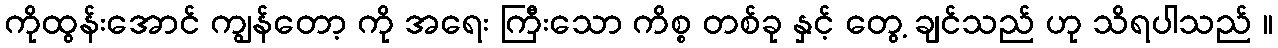
ကိုထွန်းအောင် ကျွန်တော့ ကို အရေး ကြီးသော ကိစ္စ တစ်ခု နှင့် တွေ့ ချင်သည် ဟု သိရပါသည် ။